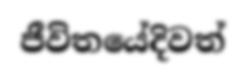
ජීවිතයේදිවත්